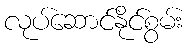
လုပ်ဆောင်နိုင်စွမ်း